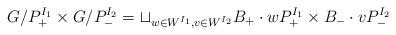
LaTeX: \begin{align*}G/P^{I_1}_+ \times G/P^{I_2}_- = \sqcup_{w \in W^{I_1}, v \in W^{I_2}} B_+ \cdot w P^{I_1}_+ \times B_- \cdot v P^{I_2}_-\end{align*}